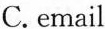
C.email